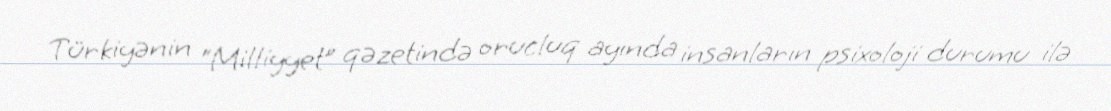
Türkiyənin “Milliyyet” qəzetində orucluq ayında insanların psixoloji durumu ilə